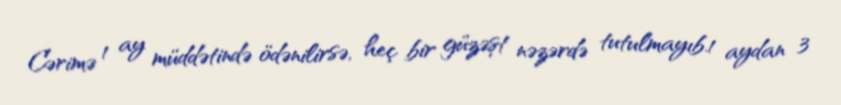
Cərimə 1 ay müddətində ödənilirsə, heç bir güzəşt nəzərdə tutulmayıb.1 aydan 3